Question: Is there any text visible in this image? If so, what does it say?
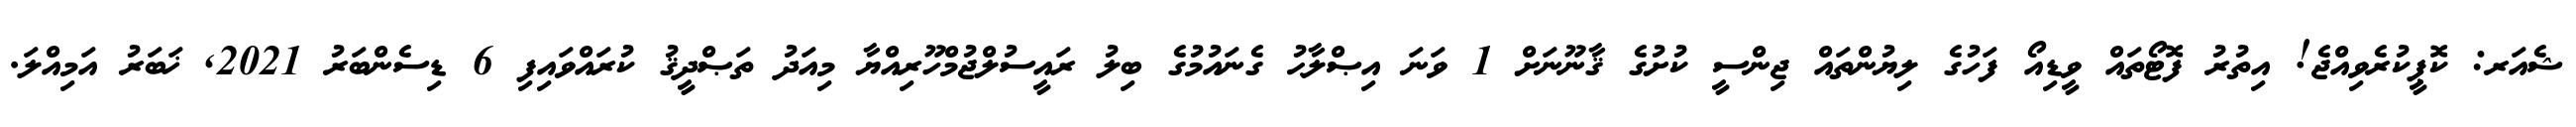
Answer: ޝެއަރ: ކޮޕީކުރެވިއްޖެ! އިތުރު ފޮޓޯތައް ވީޑިއޯ ފަހުގެ ލިޔުންތައް ޖިންސީ ކުށުގެ ޤާނޫނަށް 1 ވަނަ އިޞްލާޙު ގެނައުމުގެ ބިލު ރައީސުލްޖުމްހޫރިއްޔާ މިއަދު ތަޞްދީޤު ކުރައްވައިފި 6 ޑިސެންބަރު 2021, ޚަބަރު އަމިއްލަ.